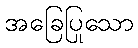
အခြေပြုသော